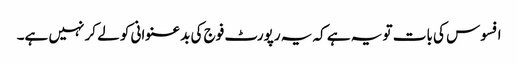
افسوس کی بات تو یہ ہے کہ یہ رپورٹ فوج کی بدعنوانی کو لے کر نہیں ہے۔